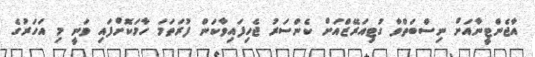
އާޖެންޓީނާއަށް ނިސްބަތްވާ ގުޓިއަރޭޒްއަށް ކެންސަރު ޖެހިފައިވާކަން ފުރަތަމަ ހާމަކޮށްފައި ވަނީ މި އަހަރުގެ